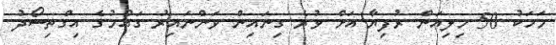
މަހަކު 50 މިލިއަން ރުފިޔާ އަށް ވުރެ ގިނައިން ވަންނައިރު ގައުމުގެ އިގްތިސޯދު